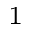
^ 1